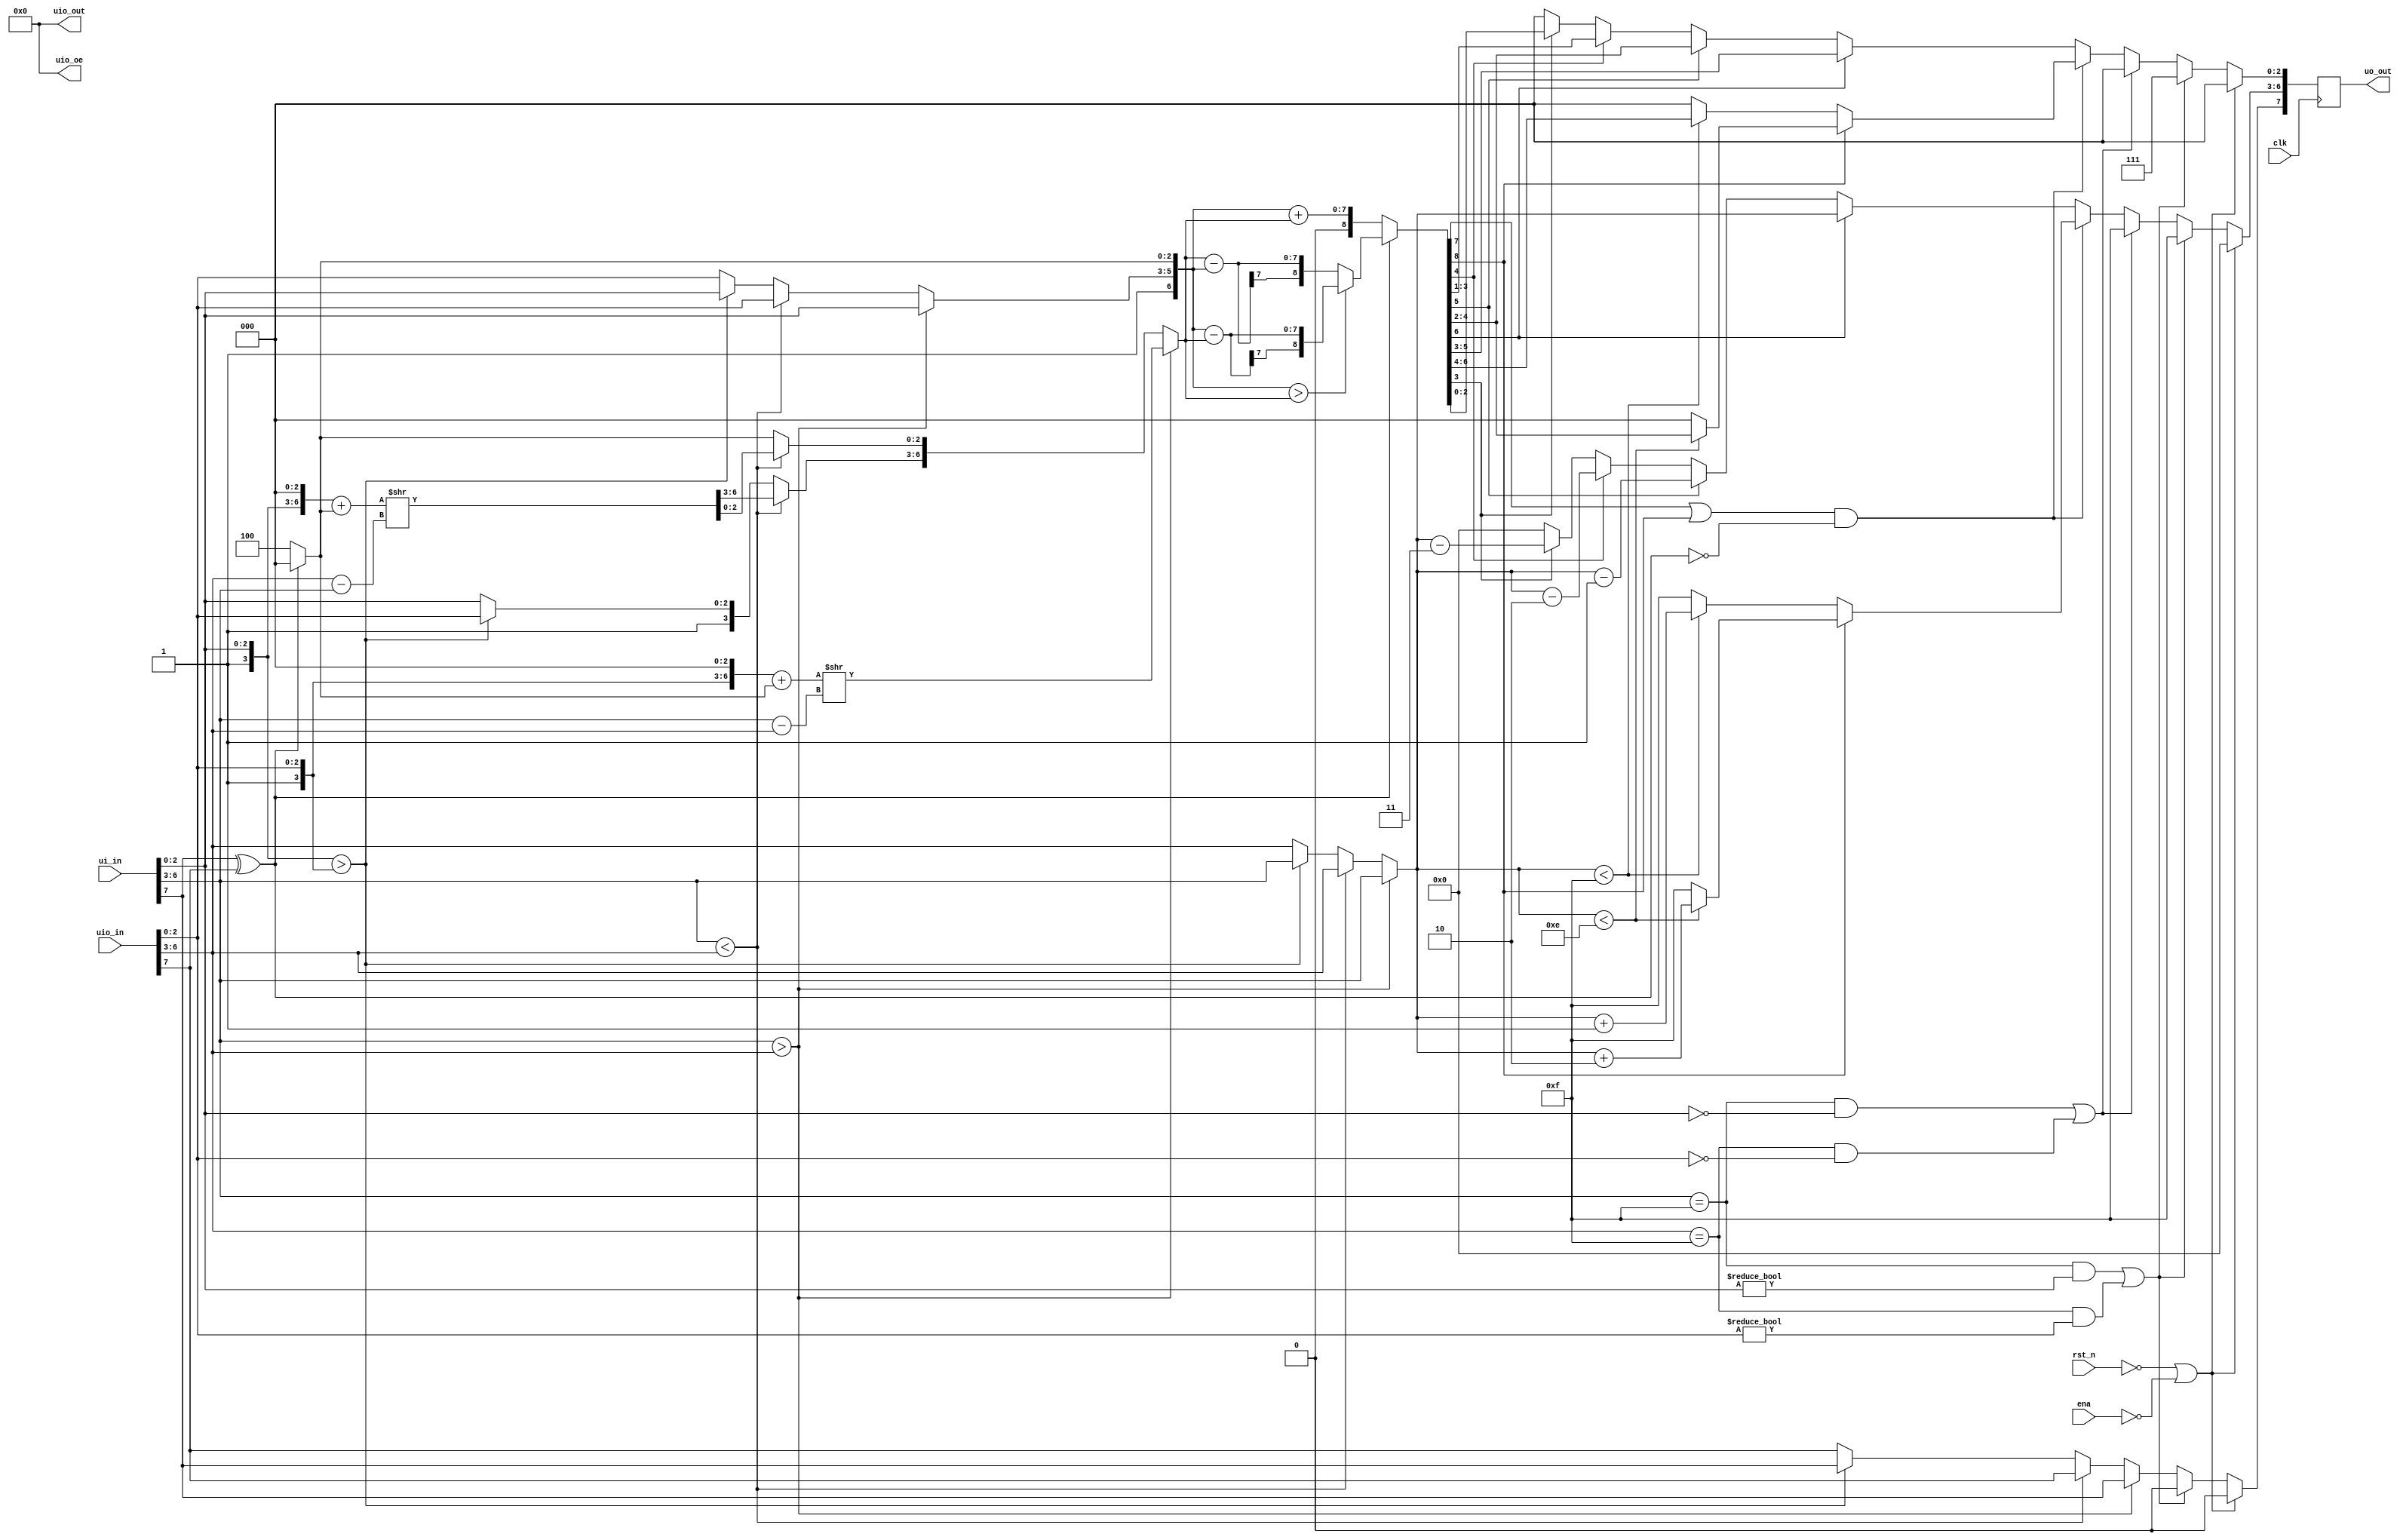
module tt_um_btflv_8bit_fp_adder (
	input  wire [7:0] ui_in,    // Dedicated inputs
	output wire [7:0] uo_out,   // Dedicated outputs
	input  wire [7:0] uio_in,   // IOs: Input path
	output wire [7:0] uio_out,  // IOs: Output path
	output wire [7:0] uio_oe,   // IOs: Enable path (active high: 0=input, 1=output)
	input  wire       ena,      // will go high when the design is enabled
	input  wire       clk,      // clock
	input  wire       rst_n     // reset_n - low to reset
);

assign uio_oe = 8'b00000000;
assign uio_out = 8'b00000000;

wire       a_sign;
wire       b_sign;
wire [3:0] a_expo;
wire [3:0] b_expo;
wire [3:0] a_mant;
wire [3:0] b_mant;
wire       x_sign;

reg [3:0] l_expo;
reg [3:0] s_expo;
reg [6:0] l_mant;
reg [6:0] s_mant;
reg [8:0] c_mant;
reg [5:0] g_mant;
reg [3:0] o_expo;
reg [2:0] o_mant;
reg       o_sign;
reg [7:0] o_floa;

assign a_sign = ui_in[7];
assign b_sign = uio_in[7];
assign a_expo = ui_in[6:3];
assign b_expo = uio_in[6:3];
assign a_mant[2:0] = ui_in[2:0];
assign b_mant[2:0] = uio_in[2:0];
assign a_mant[3] = 1'b1;
assign b_mant[3] = 1'b1;
assign x_sign    = a_sign ^ b_sign;

assign uo_out = o_floa;

always @*
begin	
	if (a_expo > b_expo)
	begin
		l_expo = a_expo;
		s_expo = b_expo;
		l_mant[6:3] = a_mant;
		l_mant[2:0] = (x_sign) ? 3'b000 : 3'b100;
		s_mant = ((b_mant << 3) + ((x_sign) ? 3'b000 : 3'b100)) >> (l_expo - s_expo);
		o_sign = a_sign;
	end
	else if (a_expo < b_expo)
	begin
		l_expo = b_expo;
		s_expo = a_expo;
		l_mant[6:3] = b_mant;
		l_mant[2:0] = (x_sign) ? 3'b000 : 3'b100;
		s_mant = ((a_mant << 3) + ((x_sign) ? 3'b000 : 3'b100)) >> (l_expo - s_expo);
		o_sign = b_sign;
	end
	else
	begin
		if (x_sign)
		begin
			l_mant[2:0] = 3'b000;
			s_mant[2:0] = 3'b000;
		end
		else
		begin
			l_mant[2:0] = 3'b100;
			s_mant[2:0] = 3'b100;
		end
		
		if(a_mant > b_mant)
		begin
			l_expo = a_expo;
			s_expo = b_expo;
			l_mant[6:3] = a_mant;
			s_mant[6:3] = b_mant;
			o_sign = a_sign;
		end
		else
		begin
			l_expo = b_expo;
			s_expo = a_expo;
			l_mant[6:3] = b_mant;
			s_mant[6:3] = a_mant;
			o_sign = b_sign;
		end
	end
	
	if(x_sign)
	begin
		c_mant = (l_mant > s_mant) ? l_mant - s_mant : s_mant - l_mant;
	end
	else
	begin
		c_mant = l_mant + s_mant;
	end
	
	if ((c_mant[7] || c_mant[8]) && !x_sign)
	begin
		if (c_mant[8])
		begin
			if (l_expo < 4'b1110)
			begin
				o_mant = c_mant[4:2];
				o_expo = l_expo + 2;
			end
			else
			begin
				o_mant = 3'b000;
				o_expo = 4'b1111;
			end
		end
		else
		begin
			if (l_expo < 4'b1111)
			begin
				o_mant = c_mant[6:4];
				o_expo = l_expo + 1;
			end
			else
			begin
				o_mant = 3'b000;
				o_expo = 4'b1111;
			end
		end
	end
	else if (c_mant[6])
	begin
		o_mant = c_mant[5:3];
		o_expo = l_expo;
	end
	else if (c_mant[5])
	begin
		o_mant = c_mant[4:2];
		o_expo = l_expo - 1;
	end
	else if (c_mant[4])
	begin
		o_mant = c_mant[3:1];
		o_expo = l_expo - 2;
	end
	else if (c_mant[3])
	begin
		o_mant = c_mant[2:0];
		o_expo = l_expo - 3;
	end
	else
	begin
		o_mant = 3'b000;
		o_expo = 4'b0000;
	end
end

always @(posedge clk)
begin
	if (!rst_n || !ena)
	begin
		o_floa <= 8'd0;
	end
	else if ((a_expo == 4'b1111 && a_mant[2:0] != 3'b000) || (b_expo == 4'b1111 && b_mant[2:0] != 3'b000))
	begin
		o_floa[7:0] <= 8'b01111111;
	end
	else if ((a_expo == 4'b1111 && a_mant[2:0] == 3'b000) || (b_expo == 4'b1111 && b_mant[2:0] == 3'b000))
	begin
		o_floa[6:0] <= 7'b1111000;
		o_floa[7]   <= o_sign;
	end
	else
	begin
		//o_floa = c_mant[7:0];
		o_floa[6:3] <= o_expo;
		o_floa[2:0] <= o_mant;
		o_floa[7]   <= o_sign;
	end
end

endmodule